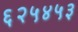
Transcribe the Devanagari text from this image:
६२५४५३